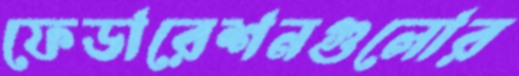
ফেডারেশনগুলোর